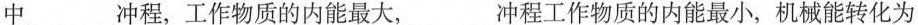
中___冲程，工作物质的内能最大，___冲程工作物质的内能最小，机械能转化为内能发生在___冲程，内能转化为机械能发生在___冲程。